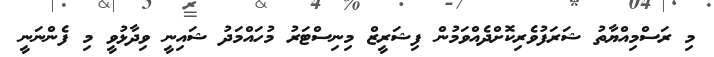
މި ރަސްމިއްޔާތު ޝަރަފުވެރިކޮށްދެއްވަމުން ފިޝަރީޒް މިނިސްޓަރު މުހައްމަދު ޝައިނީ ވިދާޅުވީ މި ފެންނަނީ